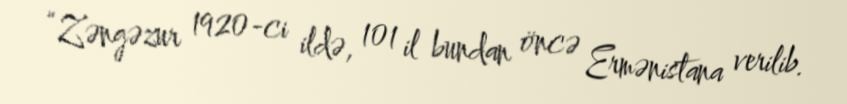
“Zəngəzur 1920-ci ildə, 101 il bundan öncə Ermənistana verilib.